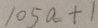
1 0 5 a + 1